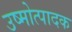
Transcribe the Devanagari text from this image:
उष्मोत्पादक